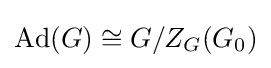
\mathrm {Ad} (G)\cong G/Z_{G}(G_{0})